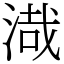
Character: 渽